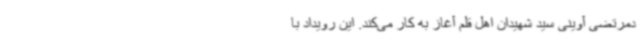
دمرتضی آوینی سید شهیدان اهل قلم آغاز به کار می‌کند. این رویداد با